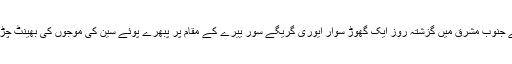
پیرس کے جنوب مشرق میں گزشتہ روز ایک گھوڑ سوار ایوری گریگے سور ییرے کے مقام پر پبھرے پوئے سین کی موجوں کی بھینٹ چڑھ گیا تھا۔